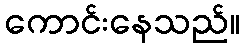
ကောင်းနေသည်။